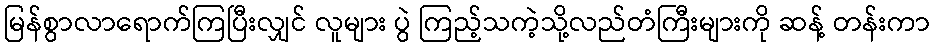
မြန်စွာလာရောက်ကြပြီးလျှင် လူများ ပွဲ ကြည့်သကဲ့သို့လည်တံကြီးများကို ဆန့် တန်းကာ